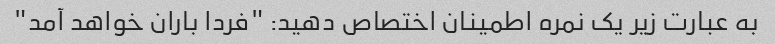
به عبارت زیر یک نمره اطمینان اختصاص دهید: "فردا باران خواهد آمد"